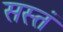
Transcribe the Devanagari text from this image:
सस्तं